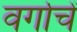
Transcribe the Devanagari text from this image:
वर्गाचें